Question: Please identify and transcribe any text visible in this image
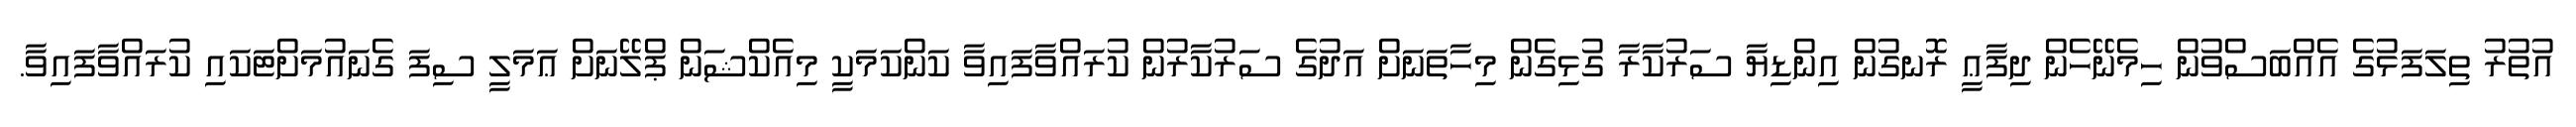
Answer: އުތުރު ތިލަފަޅުގެ އެއްބަސްވުން ހިމެނޭހެން ދިފާޢީ ރޮނގުން އިންޑިޔާ ސަރުކާރާ ގުޅިގެން މިހާތަނަށް އަދުގެ ސަރުކާރުން ކުރައްވާފައިވާ ކަންކަމަކީ މިއެކްޝަން ޕްލޭނަށް ޢަމަލީ ސިފަ ގެނައުމަށްޓަކައި ކުރައްވާފައިވާ.